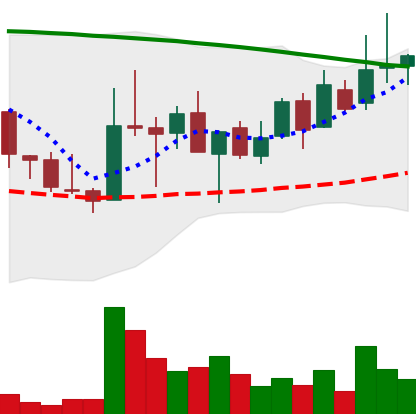
Ticker: LINK-USD
Chart end date: 2018-08-23
Forward return: 4.601%
Label: up_3_5